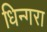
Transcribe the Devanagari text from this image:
धिन्गरा